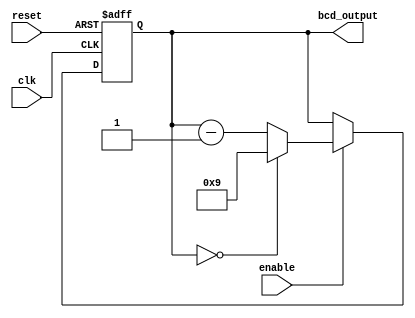
module BCD_Down_Counter (
    input wire clk,
    input wire reset,
    input wire enable,
    output reg [3:0] bcd_output
);

reg [3:0] bcd_count;

always @(posedge clk or posedge reset) begin
    if (reset) begin
        bcd_count <= 4'b1001; // Initial value set to 9 in BCD
    end else if (enable) begin
        if (bcd_count == 4'b0000) begin
            bcd_count <= 4'b1001; // Reset to 9 in BCD when count reaches 0
        end else begin
            bcd_count <= bcd_count - 1; // Decrement by 1 in BCD
        end
    end
end

assign bcd_output = bcd_count;

endmodule